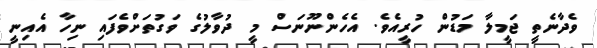
ވެދާނެތީ ޖަމީލާ މަޑުން ހުރީއެވެ. އެހެންނޫނަސް މީ ދުވާލުގެ ވަގުތަށްވެފައި ނިހާ އެއިނީ